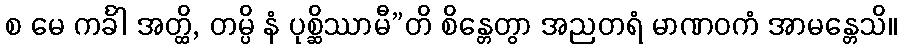
စ မေ ကင်္ခါ အတ္ထိ, တမ္ပိ နံ ပုစ္ဆိဿာမီ”တိ စိန္တေတွာ အညတရံ မာဏဝကံ အာမန္တေသိ။